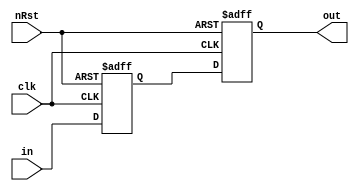
`timescale 1ns / 1ps

module synchronizer
#(
    parameter WIDTH = 1,
    parameter DEFAULT_VALUE = 1'b0
) (
    input clk,
    input nRst,
    input [WIDTH-1:0] in,
    output [WIDTH-1:0] out
);
    
    reg [WIDTH-1:0] reg1;
    reg [WIDTH-1:0] reg2;
    always @(posedge clk or negedge nRst)
    begin
        if(!nRst) begin
            reg1 <= DEFAULT_VALUE;
            reg2 <= DEFAULT_VALUE;
        end else begin
            reg1 <= in;
            reg2 <= reg1;
        end
    end

    assign out = reg2;
endmodule